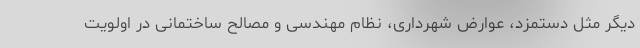
دیگر مثل دستمزد، عوارض شهرداری، نظام مهندسی و مصالح ساختمانی در اولویت